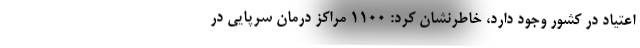
اعتیاد در کشور وجود دارد، خاطرنشان کرد: ۱۱۰۰ مراکز درمان سرپایی در